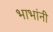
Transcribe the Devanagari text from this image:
भाभांनी